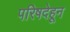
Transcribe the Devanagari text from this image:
परिषदेहून